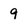
Character: 9